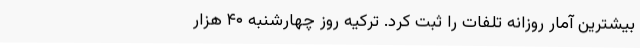
بیشترین آمار روزانه‌ تلفات را ثبت کرد. ترکیه روز چهارشنبه ۴۰ هزار